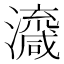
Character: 𱪇